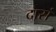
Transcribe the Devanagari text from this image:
दासं